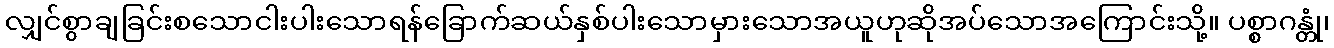
လျှင်စွာချခြင်းစသောငါးပါးသောရန်ခြောက်ဆယ်နှစ်ပါးသောမှားသောအယူဟုဆိုအပ်သောအကြောင်းသို့။ ပစ္စာဂန္တုံ၊